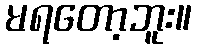
မရတော့ဘူး။